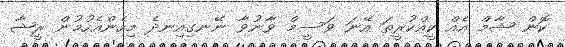
ކޮން ޝާމް އެއް ކީއްކުރީތަ އޭނަ ވަސީމް ވާނުވާ ނޭނގިއިނދެ މިހެންއެހުމުން ރީޝާ